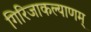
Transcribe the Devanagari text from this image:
गिरिजाकल्याणम्